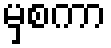
မှစကာ